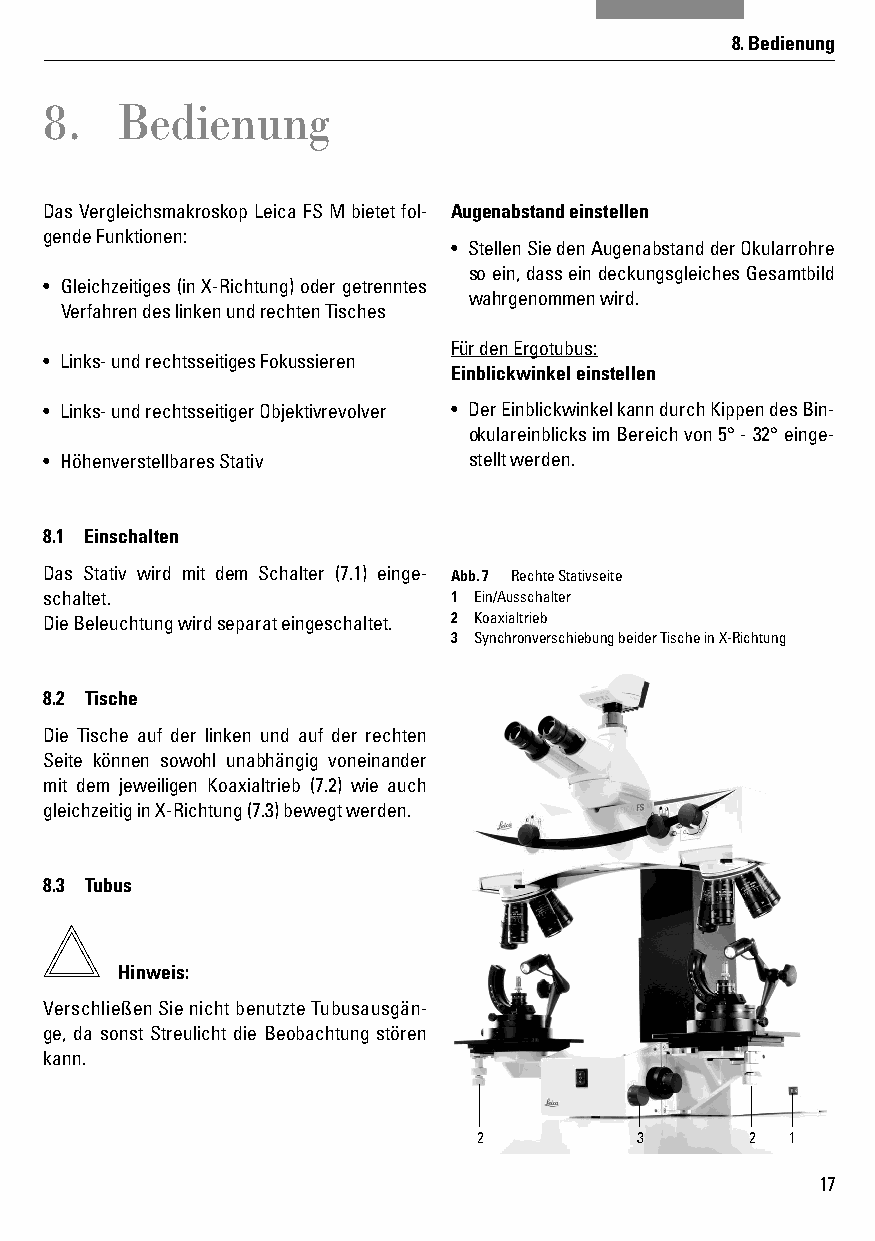
8. Bedienung
 8.   Bedienung
 Das Vergleichsmakroskop Leica FS M bietet fol- Augenabstand einstellen
 gende Funktionen:
 • Stellen Sie den Augenabstand der Okularrohre
 so ein, dass ein deckungsgleiches Gesamtbild
 • Gleichzeitiges (in X-Richtung) oder getrenntes
 wahrgenommen wird.
 Verfahren des linken und rechten Tisches
 Für den Ergotubus:
 • Links- und rechtsseitiges Fokussieren
 Einblickwinkel einstellen
 • Links- und rechtsseitiger Objektivrevolver • Der Einblickwinkel kann durch Kippen des Bin-
 okulareinblicks im Bereich von 5° - 32° einge-
 • Höhenverstellbares Stativ stellt werden.
 8.1 Einschalten
 Das Stativ wird mit dem Schalter (7.1) einge- Abb. 7 Rechte Stativseite
 schaltet.                  1 Ein/Ausschalter
 Die Beleuchtung wird separat eingeschaltet. 2 Koaxialtrieb
 3 Synchronverschiebung beider Tische in X-Richtung
 8.2 Tische
 Die Tische auf der linken und auf der rechten
 Seite können sowohl unabhängig voneinander
 mit dem jeweiligen Koaxialtrieb (7.2) wie auch
 gleichzeitig in X-Richtung (7.3) bewegt werden.
 8.3 Tubus
 Hinweis:
 Verschließen Sie nicht benutzte Tubusausgän-
 ge, da sonst Streulicht die Beobachtung stören
 kann.
 2         3       2 1
 17